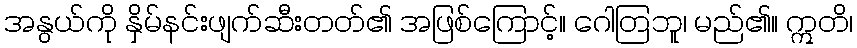
အနွယ်ကို နှိမ်နင်းဖျက်ဆီးတတ်၏ အဖြစ်ကြောင့်။ ဂေါတြဘူ၊ မည်၏။ ဣတိ၊